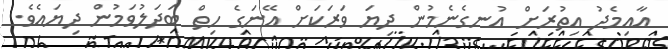
އާއިމެދު އިތުރަށް އުނގެނެމުން ދިޔަ ވަރަކަށް އޭނަގެ ހިތް ބަދަލުވަމުން ދިޔައެވެ.